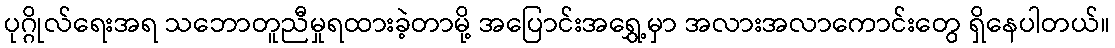
ပုဂ္ဂိုလ်ရေးအရ သဘောတူညီမှုရထားခဲ့တာမို့ အပြောင်းအရွှေ့မှာ အလားအလာကောင်းတွေ ရှိနေပါတယ်။